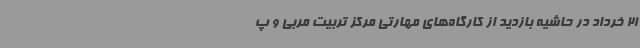
21 خرداد در حاشیه بازدید از کارگاه‌های مهارتی مرکز تربیت مربی و پ